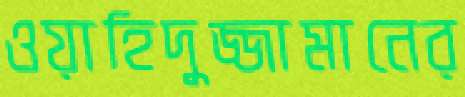
ওয়াহিদুজ্জামানের